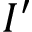
I ^ { \prime }